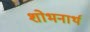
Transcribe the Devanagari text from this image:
शोभनार्थ